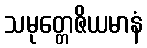
သမုတ္တေဇိယမာနံ